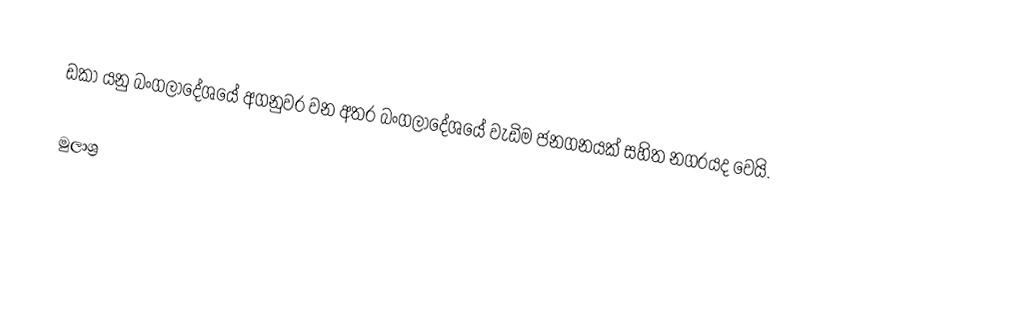
ඩකා යනු බංගලාදේශයේ අගනුවර වන අතර බංගලාදේශයේ වැඩිම ජනගනයක් සහිත නගරයද වෙයි.

මුලාශ්‍ර